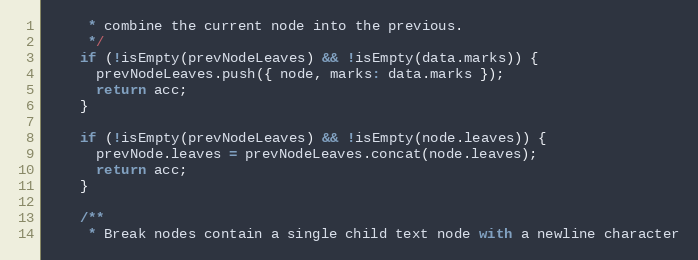
Language: JavaScript
     * combine the current node into the previous.
     */
    if (!isEmpty(prevNodeLeaves) && !isEmpty(data.marks)) {
      prevNodeLeaves.push({ node, marks: data.marks });
      return acc;
    }

    if (!isEmpty(prevNodeLeaves) && !isEmpty(node.leaves)) {
      prevNode.leaves = prevNodeLeaves.concat(node.leaves);
      return acc;
    }

    /**
     * Break nodes contain a single child text node with a newline character